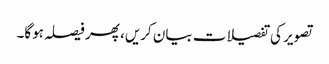
تصویر کی تفصیلات بیان کریں، پھر فیصلہ ہوگا۔